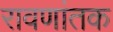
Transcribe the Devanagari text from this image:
रावणांतक